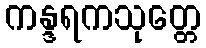
ကန္ဒရကသုတ္တေ